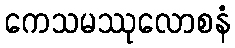
ကေသမဿုလောစနံ